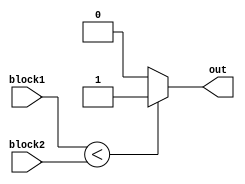
module less_than_comparator(
    input [7:0] block1,
    input [7:0] block2,
    output reg out
);

always @(*) begin
    if (block1 < block2)
        out = 1;
    else
        out = 0;
end

endmodule